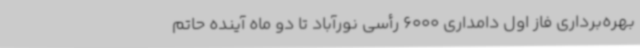
بهره‌برداری فاز اول دامداری 6000 رأسی نورآباد تا دو ماه آینده حاتم